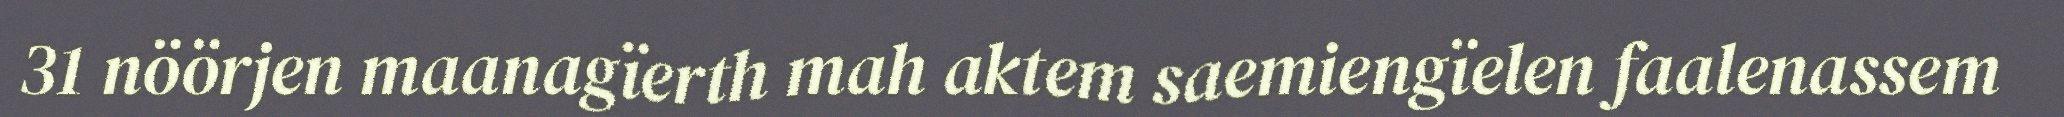
31 nöörjen maanagïerth mah aktem saemiengïelen faalenassem